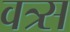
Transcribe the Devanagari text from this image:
वत्र्स